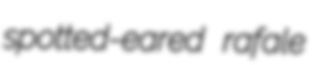
spotted-eared rafale